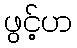
ဖွင့်ဟ